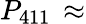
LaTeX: P_{411}\, \approx